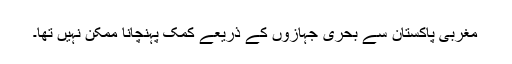
مغربی پاکستان سے بحری جہازوں کے ذریعے کمک پہنچانا ممکن نہیں تھا۔